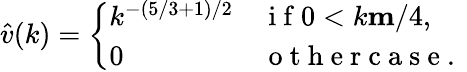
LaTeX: \hat{v}(k)=\left\{ \begin{array}{ll}{k^{-(5/3+1)/2}}&{\mathrm{~i~f~}0<k\le m/4,}\\ {0}&{\mathrm{~o~t~h~e~r~c~a~s~e~.~}}\end{array}\right.